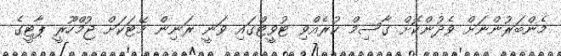
މެންބަރުންނަށް ވެދުންކޮށް ގާސިމް ކުރެއްވި ޓުވީޓްގައި ވަނީ ރަނިން މޭޓަކަށް ޖުމްހޫރީ ޕާޓީގެ